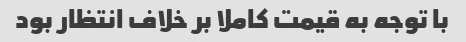
با توجه به قیمت کاملا بر خلاف انتظار بود